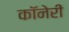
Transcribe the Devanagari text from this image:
कॉनेरी